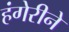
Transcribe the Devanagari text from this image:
हंगेरीने